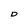
Character: D